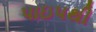
પાઇપથી